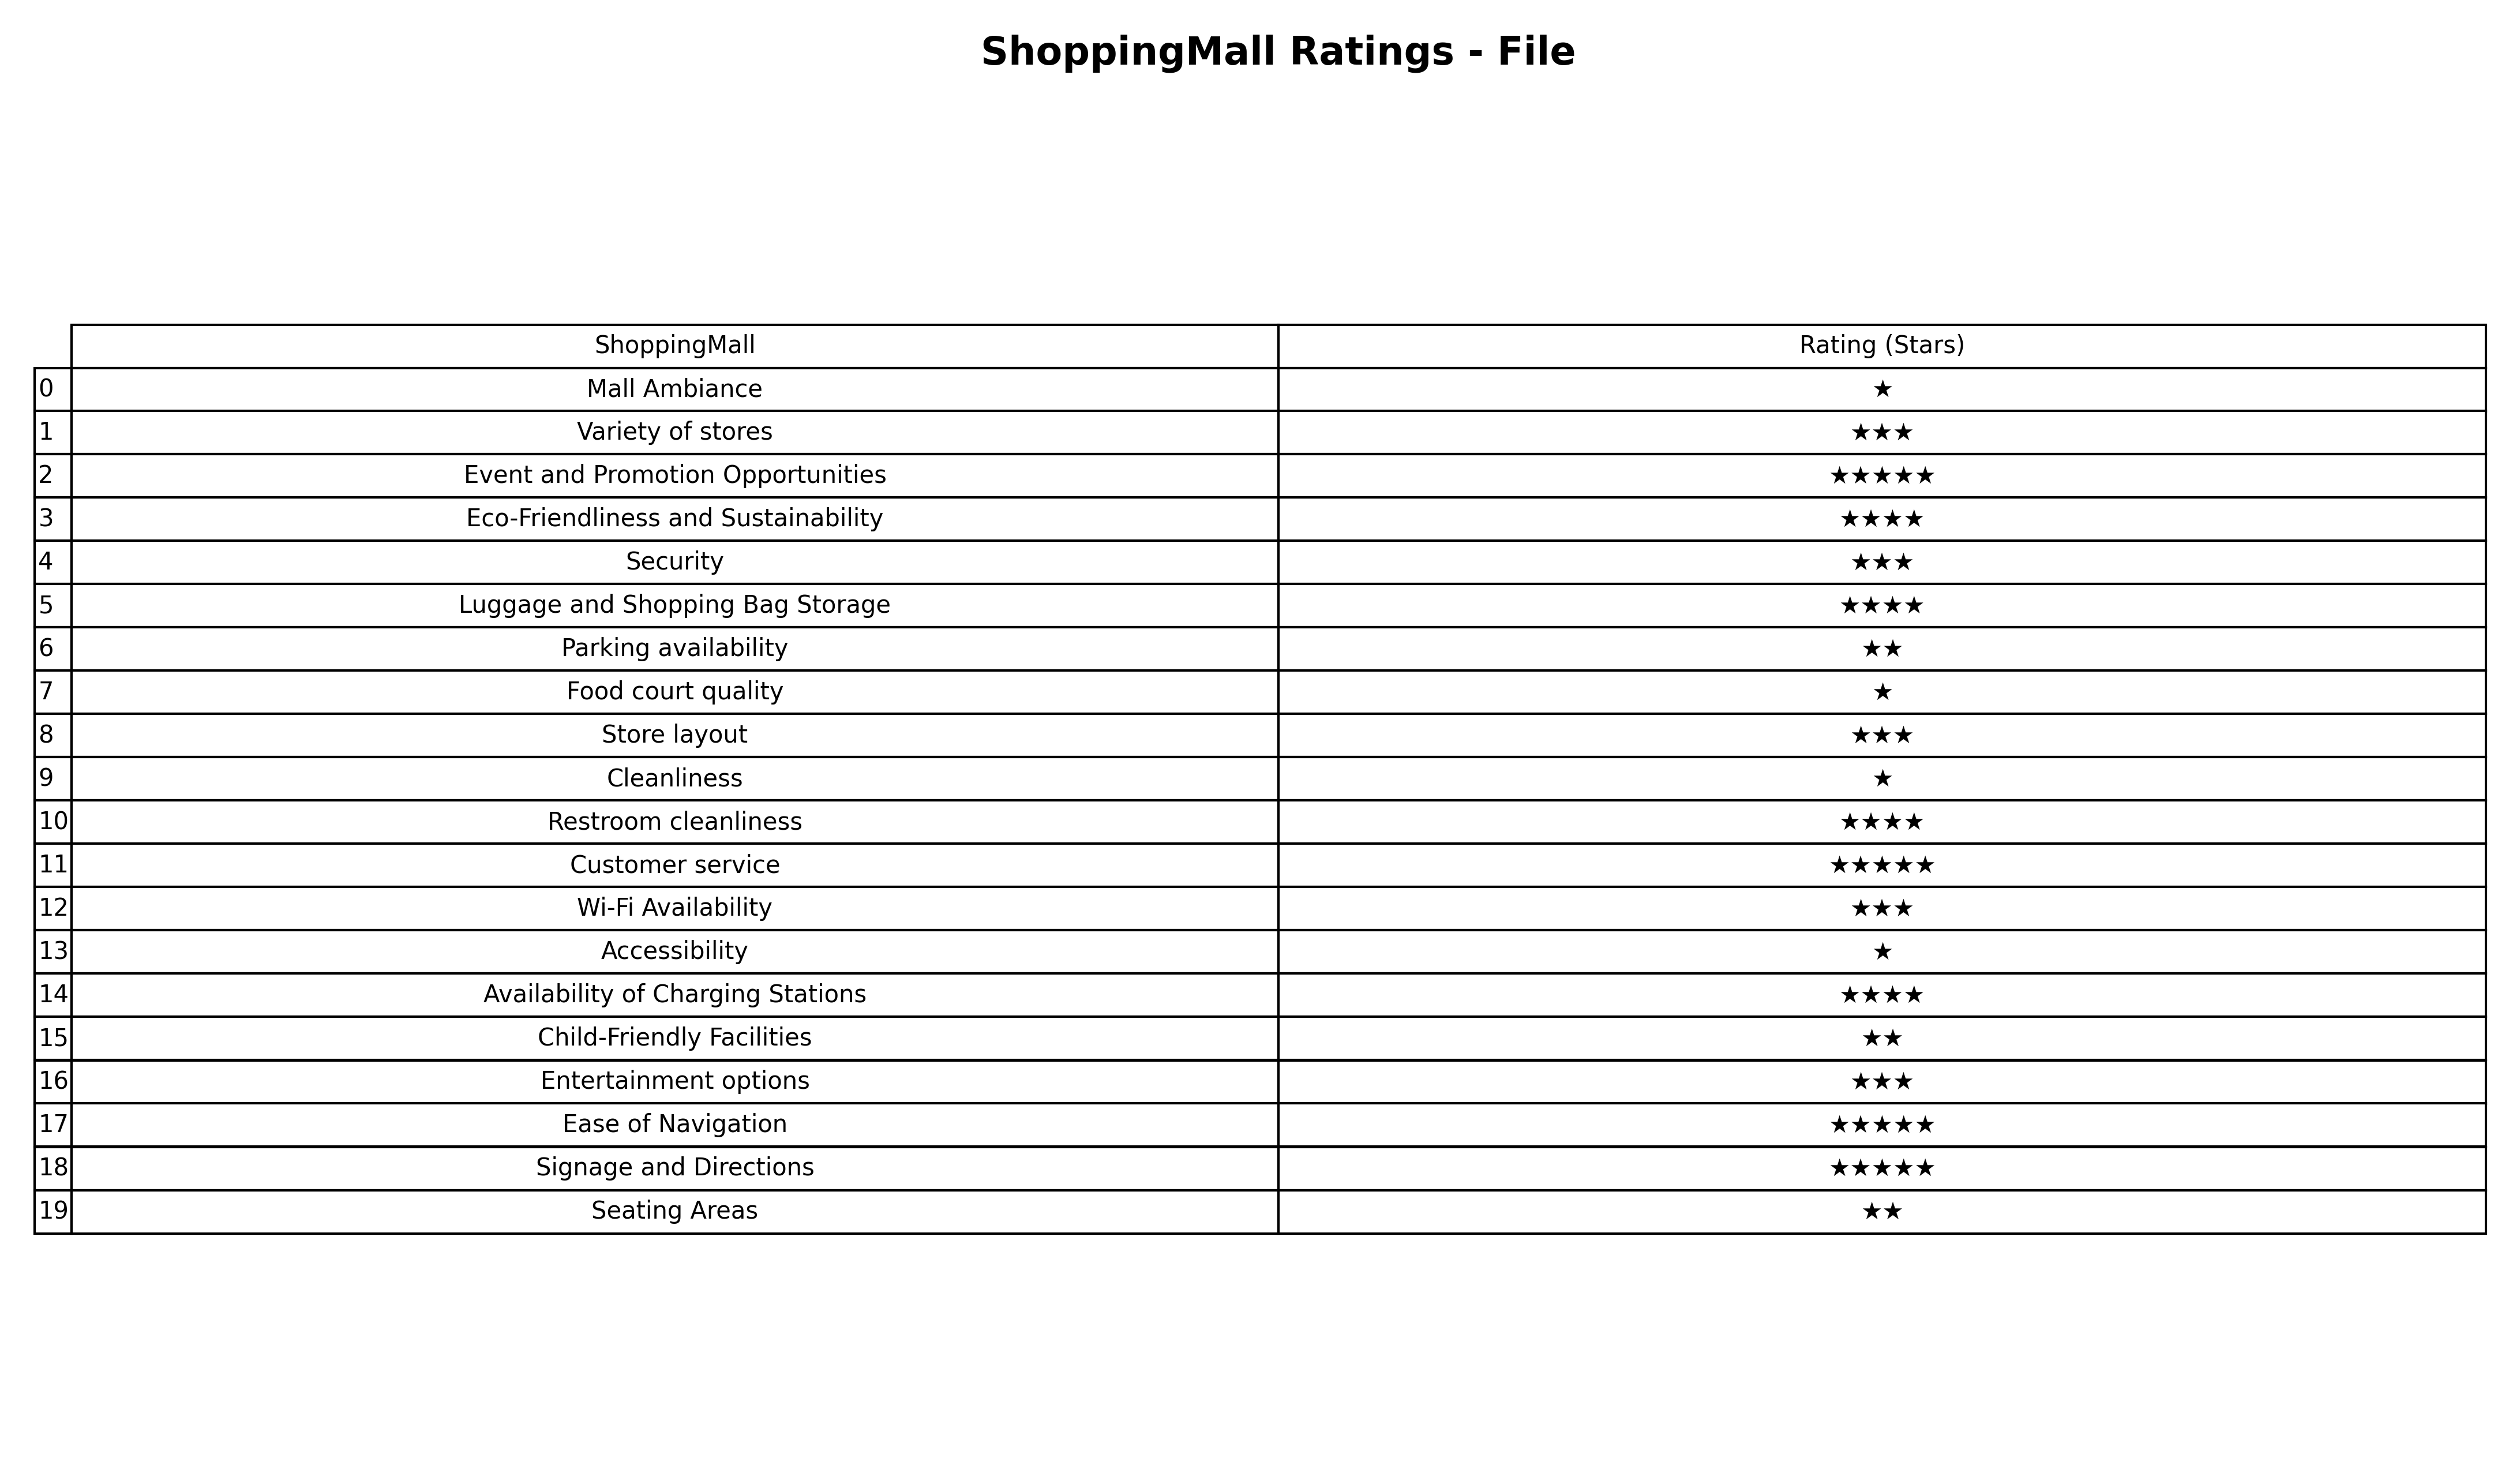
question: What are one star services?
answer: Mall AmbianceFood court qualityCleanlinessAccessibility